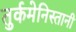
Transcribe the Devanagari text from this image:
तुर्कमेनिस्तानी